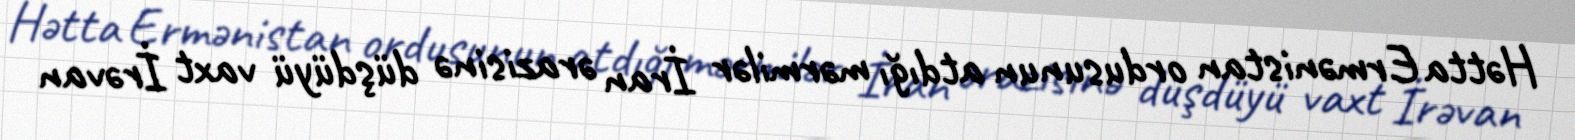
Hətta Ermənistan ordusunun atdığı mərmilər İran ərazisinə düşdüyü vaxt İrəvan